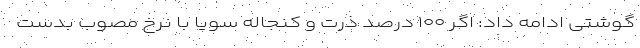
گوشتی ادامه داد: اگر ۱۰۰ درصد ذرت و کنجاله سویا با نرخ مصوب بدست